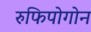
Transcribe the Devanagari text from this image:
रुफिपोगोन